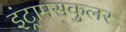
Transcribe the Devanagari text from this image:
इंट्रामसकुलर